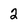
Character: 2